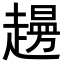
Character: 𧽱